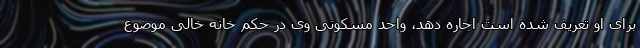
برای او تعریف شده است اجاره دهد، واحد مسکونی وی در حکم خانه خالی موضوع